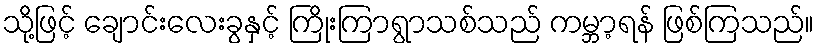
သို့ဖြင့် ချောင်းလေးခွနှင့် ကြိုးကြာရွာသစ်သည် ကမ္ဘာ့ရန် ဖြစ်ကြသည်။